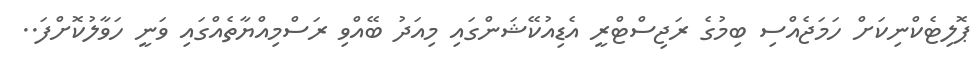
ޕޮލިޓެކްނިކަށް ހަމަޖެއްސި ބިމުގެ ރަޖިސްޓްރީ އެޑިއުކޭޝަންގައި މިއަދު ބޭއްވި ރަސްމިއްޔާތެއްގައި ވަނީ ހަވާލުކޮށްފަ..